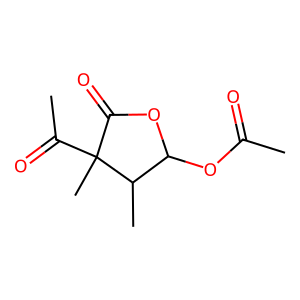
SMILES: CC(=O)OC1OC(=O)C(C)(C(C)=O)C1C
Inhibits HIV replication: No